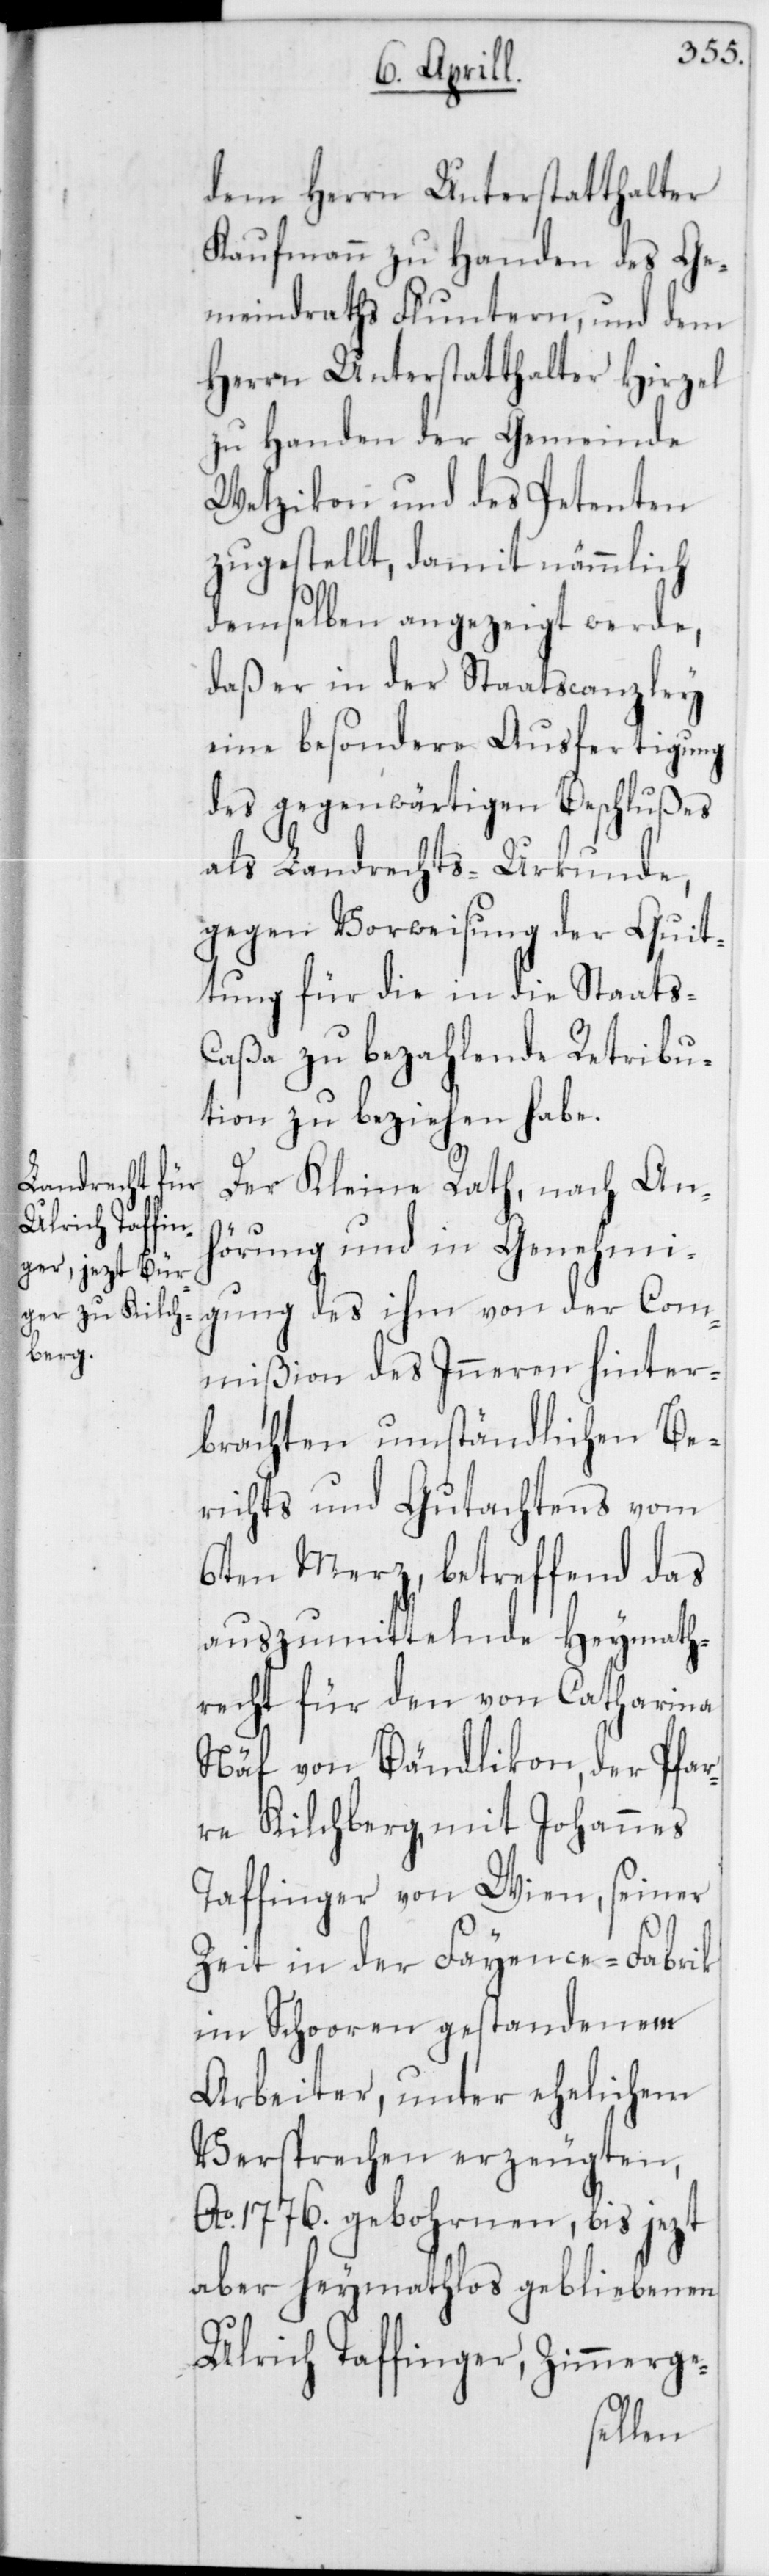
dem Herrn Unterstatthalter
Kaufmann zu Handen des Ge¬
meindraths Fluntern, und dem
Herrn Unterstatthalter Hirzel
zu Handen der Gemeinde
Wetzikon und des Petenten
zugestellt, damit nämmlich
demselben angezeigt werde,
daß er in der Staatscanzley
eine besondere Ausfertigung
des gegenwärtigen Beschlußes
als Landrechts-Urkunde,
gegen Vorweisung der Quit¬
tung für die in die Staats-C¬
aßa zu bezahlende Retribu¬
tion zu beziehen habe.
Der Kleine Rath, nach An¬
hörung und in Genehmi¬
gung des ihm von der Com¬
mißion des Inneren hinter¬
brachten umständlichen Be¬
richts und Gutachtens vom
6ten Merz, betreffend das
auszumittelnde Heymath¬
recht für den von Catharina
Näf von Bändlikon, der Pfar¬
re Kilchberg, mit Johannes
Taffinger von Wien, seiner
Zeit in der Fayence-Fabrik
im Schooren gestandenem
Arbeiter, unter ehelichem
Versprechen erzeugten,
Ao. 1776 gebohrnen, bis jezt
aber heymathlos gebliebenen
Ulrich Taffinger, Zimmerge-